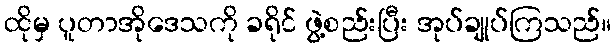
ထိုမှ ပူတာအိုဒေသကို ခရိုင် ဖွဲ့စည်းပြီး အုပ်ချုပ်ကြသည်။